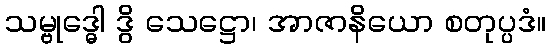
သမ္ဗုဒ္ဓေါ ဒွိ သေဋ္ဌော၊ အာဇာနိယော စတုပ္ပဒံ။